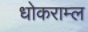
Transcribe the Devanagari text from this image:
धोकराम्ल